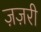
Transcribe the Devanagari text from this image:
ज़ज़री